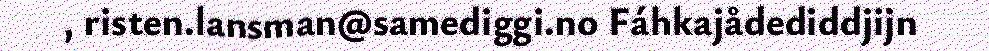
, risten.lansman@samediggi.no Fáhkajådediddjijn